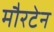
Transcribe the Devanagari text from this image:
मौरटेन